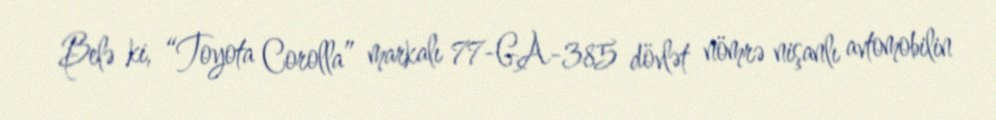
Belə ki, “Toyota Corolla” markalı 77-GA-385 dövlət nömrə nişanlı avtomobilin